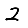
Digit: 2